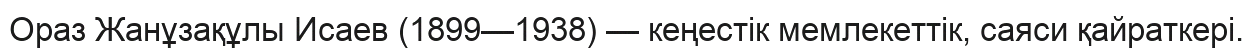
Ораз Жанұзақұлы Исаев (1899—1938) — кеңестік мемлекеттік, саяси қайраткері.